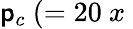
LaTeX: \mathsf{p}_{c}~(=20~x~